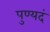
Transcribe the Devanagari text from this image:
पुण्यदं